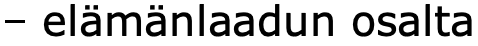
– elämänlaadun osalta